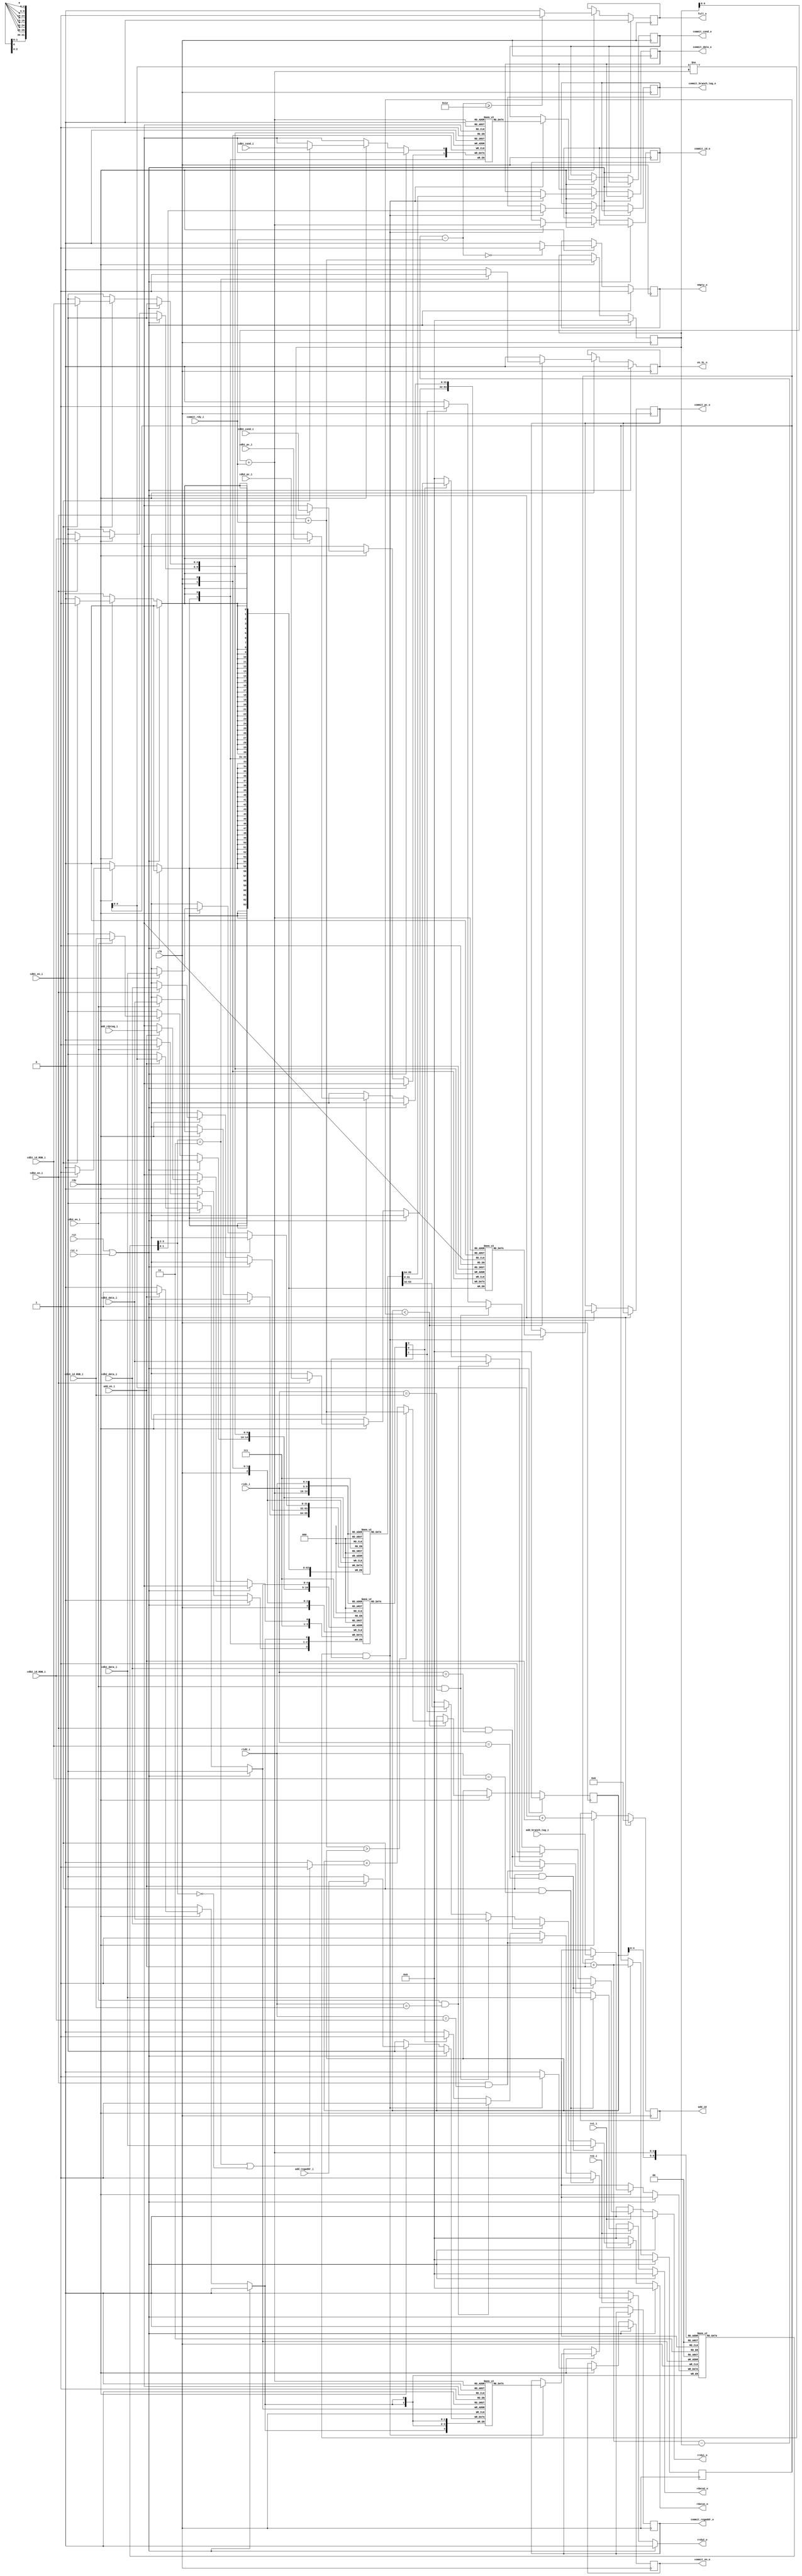
module ROB(
    input wire clk,
    input wire rst,
    input wire rst_c,
    input wire rdy,

    output reg full_o,
    output reg empty_o,
    /*push or pop*/
    //to id
    input wire add_en_i,
    input wire add_rdytag_i,
    input wire[4:0] add_regaddr_i,
    input wire[1:0] add_branch_tag_i,
    output reg[4:0] add_id,
    //to commit
    input wire commit_rdy_i,
    output reg commit_en_o,
    output reg[4:0] commit_id_o,
    output reg[4:0] commit_regaddr_o,
    output reg[31:0] commit_data_o,
    output reg[31:0] commit_pc_o,
    output reg[1:0] commit_branch_tag_o,
    output reg commit_cond_o,
    /*update*/
    //to cdb
    input wire cdb1_en_i,
    input wire[4:0] cdb1_id_ROB_i,
    input wire[31:0] cdb1_data_i,
    input wire[31:0] cdb1_pc_i,
    input wire cdb1_cond_i,

    input wire cdb2_en_i,
    input wire[4:0] cdb2_id_ROB_i,
    input wire[31:0] cdb2_data_i,
    input wire[31:0] cdb2_pc_i,
    input wire cdb2_cond_i,

    input wire cdb3_en_i,
    input wire[4:0] cdb3_id_ROB_i,
    input wire[31:0] cdb3_data_i,
    //to id
    input wire re1_i,
    input wire re2_i,
    input wire[4:0] rid1_i,
    input wire[4:0] rid2_i,
    output reg rrdy1_o,
    output reg rrdy2_o,
    output reg[31:0] rdata1_o,
    output reg[31:0] rdata2_o,

    output reg en_SL_o
);

parameter cap = 5'h1e;

reg[31:0] data[31:0], pc[31:0];
reg cond[31:0];
reg[4:0] regaddr[31:0];
reg[1:0] branch_tag[31:0];
reg rdytag[31:0];

reg[31:0] head, tail, before;

wire full, empty;
wire[4:0] head_p, before_p, tail_p;

assign full = (tail + add_en_i - head - commit_rdy_i >= cap) ? 1'b1 : 1'b0;
assign empty = (tail + add_en_i - head - commit_rdy_i == 1'b0) ? 1'b1 : 1'b0;
assign head_p = head[4:0] + commit_rdy_i;
assign before_p = before[4:0];
assign tail_p = tail[4:0];

always @ (posedge clk) begin
    if (rst || rst_c) begin
        head <= 1'b0;
        tail <= 1'b0;
        before <= 1'b0;
        full_o <= 1'b0;
        empty_o <= 1'b1;
        commit_en_o <= 1'b0;
        add_id <= 5'b0;
        en_SL_o <= 1'b0;
    end
    else if (rdy) begin
        if (add_en_i) begin
            regaddr[tail_p] <= add_regaddr_i;
            rdytag[tail_p] <= add_rdytag_i;
            branch_tag[tail_p] <= add_branch_tag_i;
        end
        if (cdb1_en_i) begin
            rdytag[cdb1_id_ROB_i] <= 1'b1;
            data[cdb1_id_ROB_i] <= cdb1_data_i;
            cond[cdb1_id_ROB_i] <= cdb1_cond_i;
            pc[cdb1_id_ROB_i] <= cdb1_pc_i;
        end
        if (cdb2_en_i) begin
            rdytag[cdb2_id_ROB_i] <= 1'b1;
            data[cdb2_id_ROB_i] <= cdb2_data_i;
            cond[cdb2_id_ROB_i] <= cdb2_cond_i;
            pc[cdb2_id_ROB_i] <= cdb2_pc_i;
        end
        if (cdb3_en_i) begin
            rdytag[cdb3_id_ROB_i] <= 1'b1;
            data[cdb3_id_ROB_i] <= cdb3_data_i;
        end
        add_id <= tail_p + add_en_i;
        head <= head + commit_rdy_i;
        tail <= tail + add_en_i;
        full_o <= full;
        empty_o <= empty;

        if (before < tail) begin
            if (head + commit_rdy_i > before)
                before <= head + commit_rdy_i;
            else
                before <= before + ((branch_tag[before_p] == 2'b11 || branch_tag[before_p] == 2'b00) ? 1'b1 : 1'b0);
            en_SL_o <= branch_tag[before_p] == 2'b11 ? 1'b1 : 1'b0;
        end
        else begin
            en_SL_o <= 1'b0;
        end

        if ((tail_p != head_p) && rdytag[head_p]) begin
            commit_en_o <= 1'b1;
            commit_data_o <= data[head_p];
            commit_id_o <= head_p;
            commit_regaddr_o <= regaddr[head_p];
            commit_pc_o <= pc[head_p];
            commit_branch_tag_o <= branch_tag[head_p];
            commit_cond_o <= cond[head_p];
        end
        else begin
            commit_en_o <= 1'b0;
        end 
    end 
end

always @ (*) begin
    if (rst || rst_c) begin
        rrdy1_o = 1'b0;
        rdata1_o = 32'b0; 
    end
    else if (!re1_i) begin
        rrdy1_o = 1'b0;
        rdata1_o = 32'b0; 
    end
    else if (cdb1_en_i && rid1_i == cdb1_id_ROB_i) begin
        rrdy1_o = 1'b1;
        rdata1_o = cdb1_data_i;
    end
    else if (cdb2_en_i && rid1_i == cdb2_id_ROB_i) begin
        rrdy1_o = 1'b1;
        rdata1_o = cdb2_data_i;
    end
    else if (cdb3_en_i && rid1_i == cdb3_id_ROB_i) begin
        rrdy1_o = 1'b1;
        rdata1_o = cdb3_data_i;
    end
    else if (rdytag[rid1_i]) begin
        rrdy1_o = 1'b1;
        rdata1_o = data[rid1_i];
    end
    else begin
        rrdy1_o = 1'b0;
        rdata1_o = 32'b0;
    end
end

always @ (*) begin
    if (rst || rst_c) begin
        rrdy2_o = 1'b0;
        rdata2_o = 32'b0; 
    end
    else if (!re2_i) begin
        rrdy2_o = 1'b0;
        rdata2_o = 32'b0; 
    end
    else if (cdb1_en_i && rid2_i == cdb1_id_ROB_i) begin
        rrdy2_o = 1'b1;
        rdata2_o = cdb1_data_i; 
    end
    else if (cdb2_en_i && rid2_i == cdb2_id_ROB_i) begin
        rrdy2_o = 1'b1;
        rdata2_o = cdb2_data_i; 
    end
    else if (cdb3_en_i && rid2_i == cdb3_id_ROB_i) begin
        rrdy2_o = 1'b1;
        rdata2_o = cdb3_data_i; 
    end
    else if (rdytag[rid2_i]) begin
        rrdy2_o = 1'b1;
        rdata2_o = data[rid2_i];
    end
    else begin
        rrdy2_o = 1'b0;
        rdata2_o = 32'b0;
    end
end


endmodule // ROB